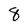
Character: 8